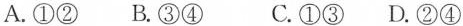
A.①② B.③④ C.①③ D.②④